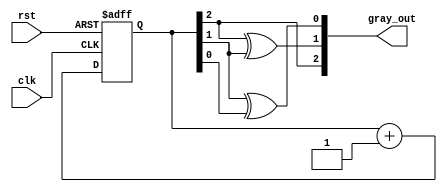
module gray_code_counter (
    input wire clk,       // Clock signal
    input wire rst,       // Asynchronous reset
    output reg [2:0] gray_out // 3-bit Gray code output
);

    reg [2:0] binary_count; // 3-bit binary counter

    // Function to convert binary to Gray code
    function [2:0] binary_to_gray;
        input [2:0] binary;
        begin
            binary_to_gray[2] = binary[2]; // MSB remains same
            binary_to_gray[1] = binary[2] ^ binary[1]; // XOR for next bits
            binary_to_gray[0] = binary[1] ^ binary[0];
        end
    endfunction

    // Always block for synchronous logic
    always @(posedge clk or posedge rst) begin
        if (rst) begin
            binary_count <= 3'b000; // Reset binary counter to 0
        end else begin
            binary_count <= binary_count + 1; // Increment binary counter
        end
    end

    // Update Gray code output based on binary count
    always @(binary_count) begin
        gray_out <= binary_to_gray(binary_count); // Convert binary to Gray code
    end

endmodule